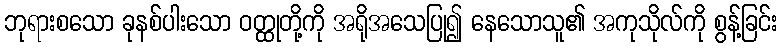
ဘုရားစသော ခုနစ်ပါးသော ဝတ္ထုတို့ကို အရိုအသေပြု၍ နေသောသူ၏ အကုသိုလ်ကို စွန့်ခြင်း